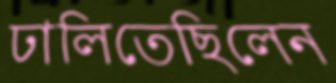
ঢালিতেছিলেন